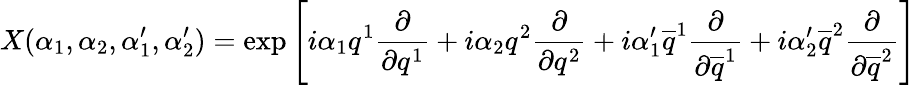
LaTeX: X(\alpha_{1},\alpha_{2},\alpha_{1}^{\prime},\alpha_{2}^{\prime})=\exp\left[i\alpha_{1}q^{1}{\frac{\partial}{\partial q^{1}}}+i\alpha_{2}q^{2}{\frac{\partial}{\partial q^{2}}}+i\alpha_{1}^{\prime}\overline{{{q}}}^{1}{\frac{\partial}{\partial\overline{{{q}}}^{1}}}+i\alpha_{2}^{\prime}\overline{{{q}}}^{2}{\frac{\partial}{\partial\overline{{{q}}}^{2}}}\right]